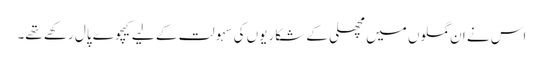
اس نے ان گملوں میں مچھلی کے شکاریوں کی سہولت کے لیے کیچوے پال رکھے تھے۔